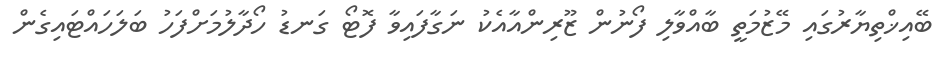
ބޭއިޚްތިޔާރުގައި މޭޒުމަތީ ބާއްވާލި ފޯނުން ޒޫރިންއާއެކު ނަގާފައިވާ ފޮޓޯ ގަނޑު ހޯދާލުމަށްފަހު ބަލަހައްޓައިގެން